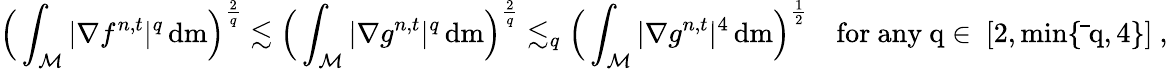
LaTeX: \Big(\int_{\mathcal{M}}\vert\nabla f^{n,t}\vert^{q}\, \mathrm{d}\mathrm{m}\Big)^{\frac{2}{q}}\lesssim\Big(\int_{\mathcal{M}}\vert\nabla g^{n,t}\vert^{q}\, \mathrm{d}\mathrm{m}\Big)^{\frac{2}{q}}\lesssim_{q}\Big(\int_{\mathcal{M}}\vert\nabla g^{n,t}\vert^{4}\, \mathrm{d}\mathrm{m}\Big)^{\frac{1}{2}}\quad\mathrm{for~any~q\in~[2,\operatorname*{min}\{ \bar{~}q,4\} ]~,}